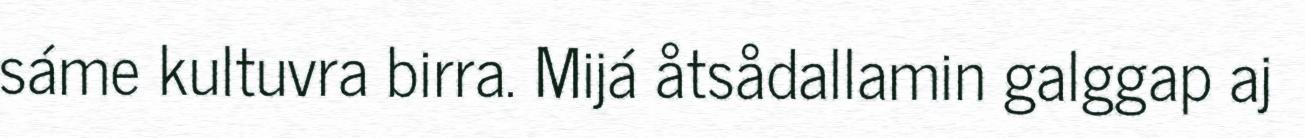
sáme kultuvra birra. Mijá åtsådallamin galggap aj